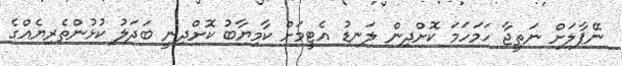
ނޭޕާލަށް ނަތީޖާ ހަމަހަމަ ކޮށްދިން ލަނޑު އެޓީމަށް ކާމިޔާބު ކޮށްދިނީ ބަދަލު ކުޅުންތެރިޔެއްގެ